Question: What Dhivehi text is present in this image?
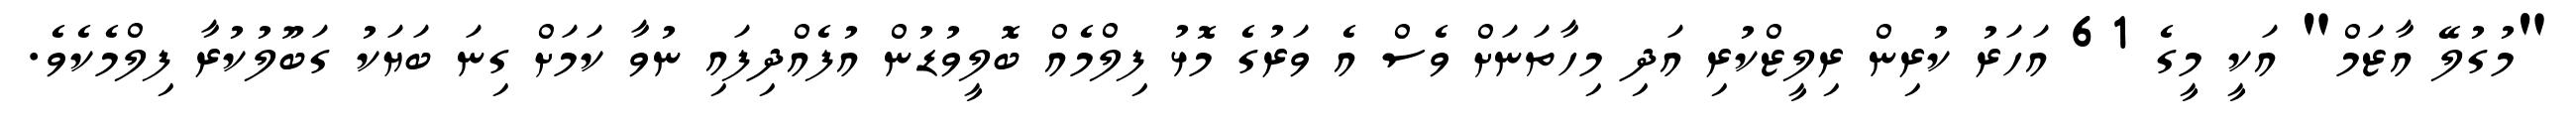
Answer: "މުގުލޭ އާޒަމް" އަކީ މީގެ 61 އަހަރު ކުރިން ރިލީޒްކުރި އަދި މިހާތަނަށް ވެސް އެ ވަރުގެ މޮޅު ފިލްމެއް ބޮލީވުޑުން އުފެއްދިފައި ނުވާ ކަމަށް ގިނަ ބަޔަކު ގަބޫލުކުރާ ފިލްމެކެވެ.